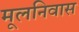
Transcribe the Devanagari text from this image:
मूलनिवास